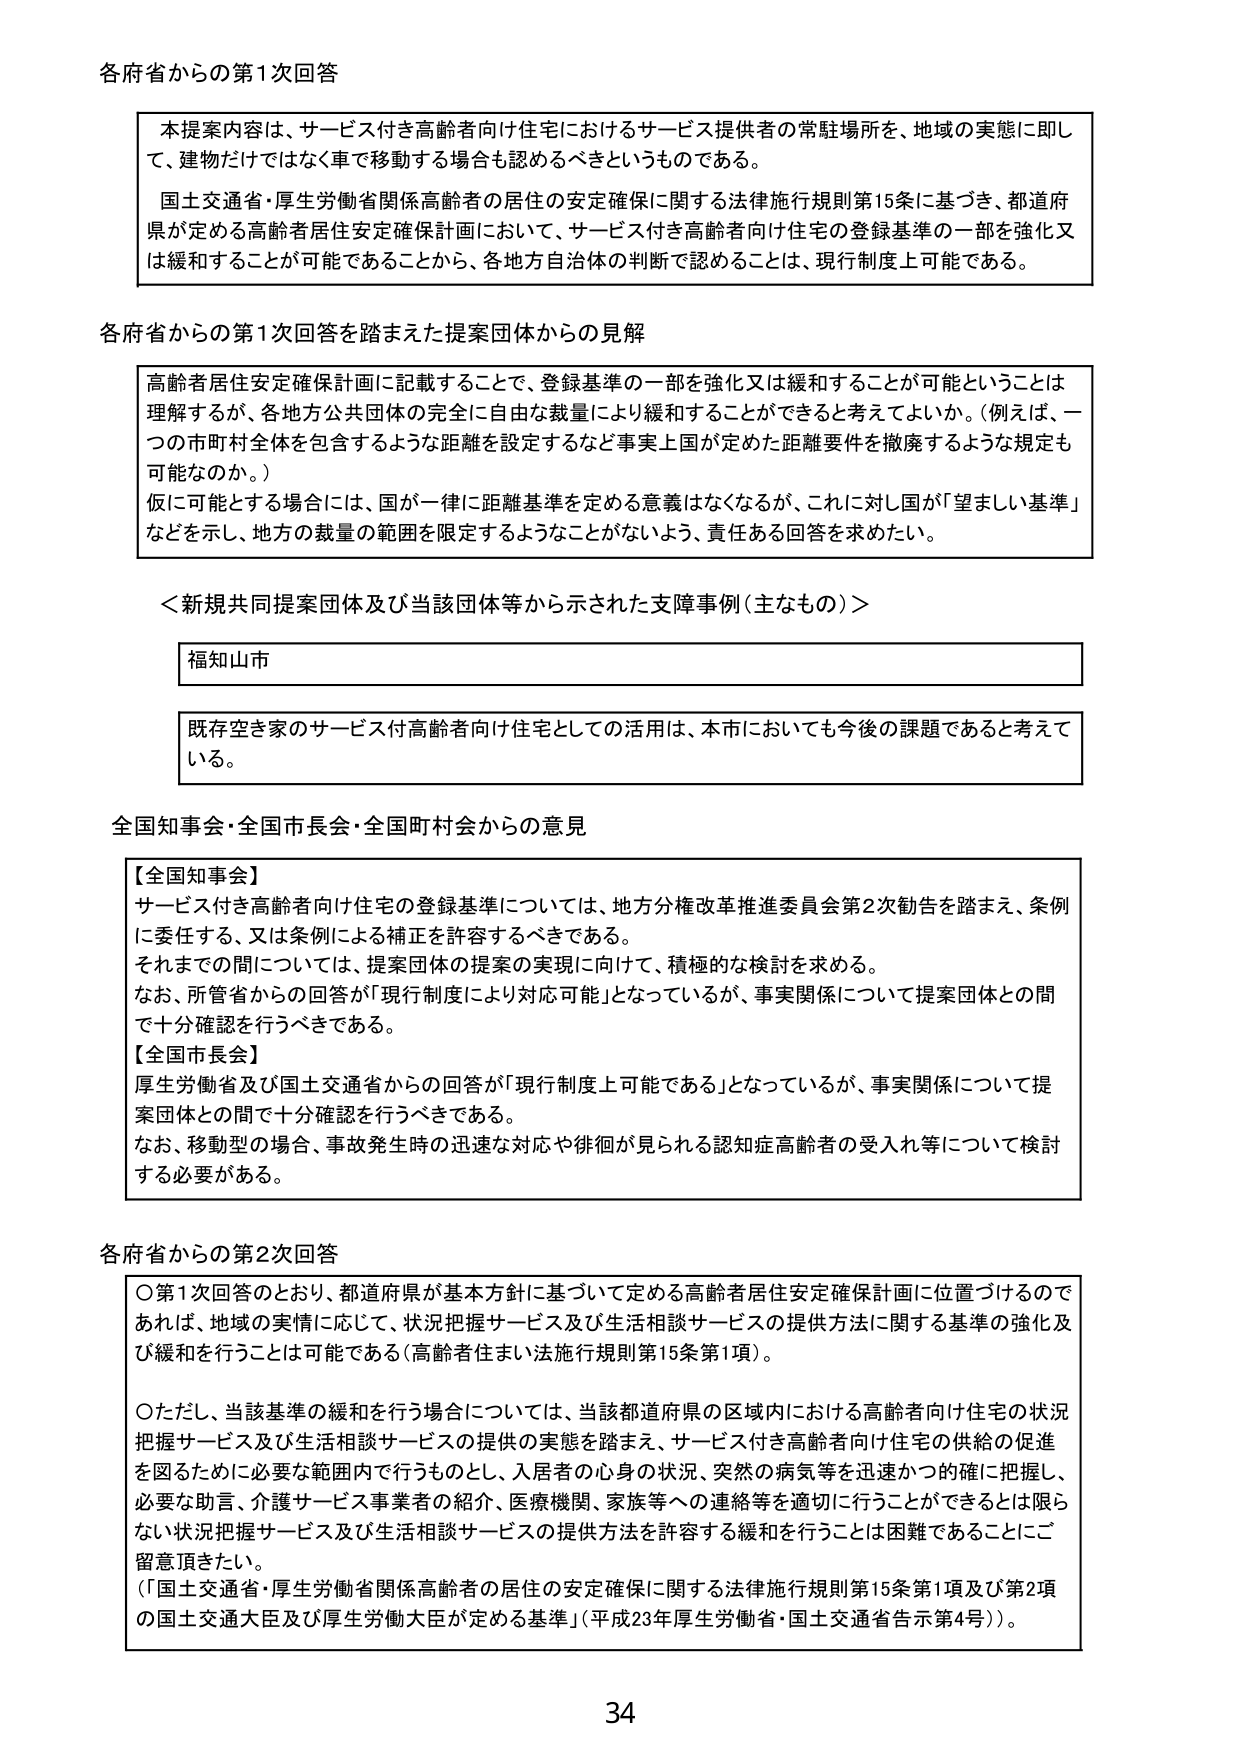
各府省からの第1次回答

本提案内容は、サービス付き高齢者向け住宅におけるサービス提供者の常駐場所を、地域の実態に即して、建物だけではなく車で移動する場合も認めるべきというものである。

国土交通省・厚生労働省関係高齢者の居住の安定確保に関する法律施行規則第15条に基づき、都道府県が定める高齢者居住安定確保計画において、サービス付き高齢者向け住宅の登録基準の一部を強化又は緩和することが可能であることから、各地方自治体の判断で認めることは、現行制度上可能である。

各府省からの第1次回答を踏まえた提案団体からの見解

高齢者居住安定確保計画に記載することで、登録基準の一部を強化又は緩和することが可能ということは理解するが、各地方公共団体の完全に自由な裁量により緩和することができると思ってよいのか。（例えば、一つの市町村全体を包含するような距離を設定するなど事実上国が定めた距離要件を撤廃するような規定も可能なのか。）

仮に可能とする場合には、国が一律に距離基準を定める意義はなくなるが、これに対し国が「望ましい基準」などを示し、地方の裁量の範囲を限定するようなことがないよう、責任ある回答を求めたい。

＜新規共同提案団体及び当該団体等から示された支障事例（主なもの）＞

福知山市

既存空き家のサービス付高齢者向け住宅としての活用は、本市においても今後の課題であると考えている。

全国知事会・全国市長会・全国町村会からの意見

【全国知事会】
サービス付き高齢者向け住宅の登録基準については、地方分権改革推進委員会第2次勧告を踏まえ、条例に委任する、又は条例による補正を許容するべきである。
それまでの間については、提案団体の提案の実現に向けて、積極的な検討を求める。
なお、所管省からの回答が「現行制度により対応可能」となっているが、事実関係について提案団体との間で十分確認を行うべきである。

【全国市長会】
厚生労働省及び国土交通省からの回答が「現行制度上可能である」となっているが、事実関係について提案団体との間で十分確認を行うべきである。
なお、移動型の場合、事故発生時の迅速な対応や徘徊が見られる認知症高齢者の受入れ等について検討する必要がある。

各府省からの第2次回答

○第1次回答のとおり、都道府県が基本方針に基づいて定める高齢者居住安定確保計画に位置づけるのであれば、地域の実情に応じて、状況把握サービス及び生活相談サービスの提供方法に関する基準の強化及び緩和を行うことは可能である（高齢者住まい法施行規則第15条第1項）。

○ただし、当該基準の緩和を行う場合については、当該都道府県の区域内における高齢者向け住宅の状況把握サービス及び生活相談サービスの提供の実態を踏まえ、サービス付き高齢者向け住宅の供給の促進を図るために必要な範囲内で行うものとし、入居者の心身の状況、突然の病気等を迅速かつ的確に把握し、必要な助言、介護サービス事業者の紹介、医療機関、家族等への連絡等を適切に行うことができるとは限らない状況把握サービス及び生活相談サービスの提供方法を許容する緩和を行うことは困難であることにご留意頂きたい。
（「国土交通省・厚生労働省関係高齢者の居住の安定確保に関する法律施行規則第15条第1項及び第2項の国土交通大臣及び厚生労働大臣が定める基準」（平成23年厚生労働省・国土交通省告示第4号））。

34